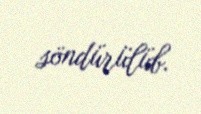
söndürülüb.